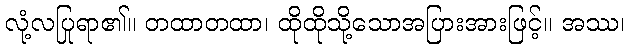
လုံ့လပြုရာ၏။ တထာတထာ၊ ထိုထိုသို့သောအပြားအားဖြင့်။ အဿ၊